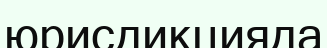
юрисдикцияда